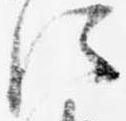
従